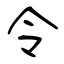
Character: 令